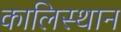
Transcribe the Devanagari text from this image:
कालिस्थान